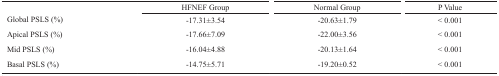
<table><thead><tr><td></td><td><b>HFNEF Group</b></td><td><b>Normal Group</b></td><td><b>P Value</b></td></tr></thead><tbody><tr><td>Global PSLS (%)</td><td>-17.31±3.54</td><td>-20.63±1.79</td><td>&lt; 0.001</td></tr><tr><td>Apical PSLS (%)</td><td>-17.66±7.09</td><td>-22.00±3.56</td><td>&lt; 0.001</td></tr><tr><td>Mid PSLS (%)</td><td>-16.04±4.88</td><td>-20.13±1.64</td><td>&lt; 0.001</td></tr><tr><td>Basal PSLS (%)</td><td>-14.75±5.71</td><td>-19.20±0.52</td><td>&lt; 0.001</td></tr></tbody></table>